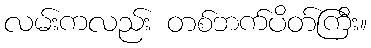
လမ်းကလည်း တစ်ဘက်ပိတ်ကြီး။